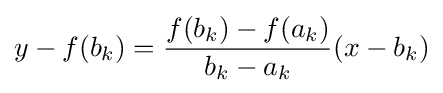
y-f(b_{k})={\frac {f(b_{k})-f(a_{k})}{b_{k}-a_{k}}}(x-b_{k})